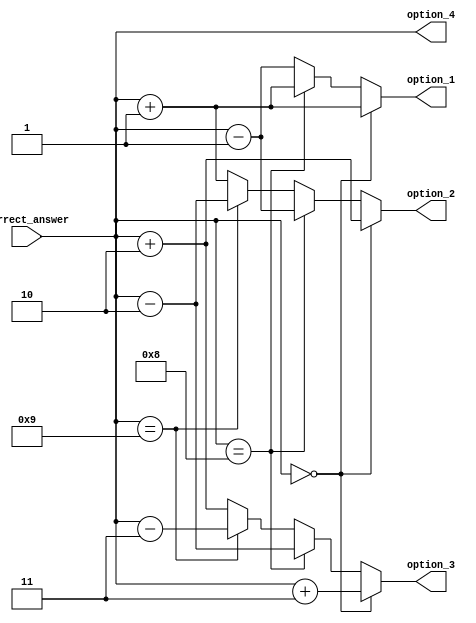
`timescale 1ns / 1ps
//////////////////////////////////////////////////////////////////////////////////
// Company: 
// Engineer: 
// 
// Design Name: 
// Module Name: multiple_options
// Project Name: 
// Target Devices: 
// Tool Versions: 
// Description: 
// 
// Dependencies: 
// 
// Revision:
// Revision 0.01 - File Created
// Additional Comments:
// 
//////////////////////////////////////////////////////////////////////////////////


module multiple_options(
    input [3:0] correct_answer,
    output reg [3:0] option_1,
    output reg [3:0] option_2,
    output reg [3:0] option_3,
    output reg [3:0] option_4
    );
    
    
    
    
    always@(correct_answer)begin
    if (correct_answer == 0) begin
     option_1 = correct_answer + 1;
     option_2 = correct_answer + 2;
     option_3 = correct_answer + 3;
     option_4 = correct_answer;

    end else begin
    if (correct_answer == 8) begin
     option_1 = correct_answer + 1;
     option_2 = correct_answer - 1;
     option_3 = correct_answer - 2;
     option_4 = correct_answer;

    end else begin
    if (correct_answer == 9) begin
     option_1 = correct_answer - 1;
     option_2 = correct_answer - 2;
     option_3 = correct_answer - 3;
     option_4 = correct_answer;

    end else begin
     option_1 = correct_answer - 1;
     option_2 = correct_answer + 1;
     option_3 = correct_answer + 2;
     option_4 = correct_answer;

    end
    end
    end
    end
endmodule